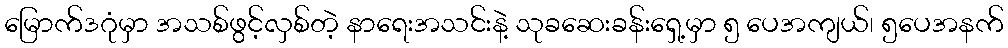
မြောက်ဒဂုံမှာ အသစ်ဖွင့်လှစ်တဲ့ နာရေးအသင်းနဲ့ သုခဆေးခန်းရှေ့မှာ ၅ ပေအကျယ်၊ ၅ပေအနက်